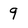
Character: 9